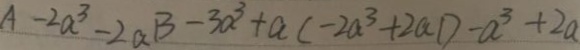
A - 2 a ^ { 3 } - 2 a B - 3 a ^ { 3 } + a ( - 2 a ^ { 3 } + 2 a 1 ) - a ^ { 3 } + 2 a